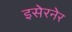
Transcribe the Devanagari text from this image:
इसेरनेर